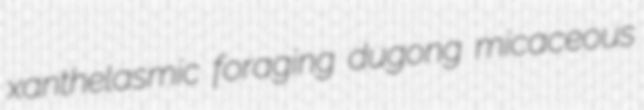
xanthelasmic foraging dugong micaceous